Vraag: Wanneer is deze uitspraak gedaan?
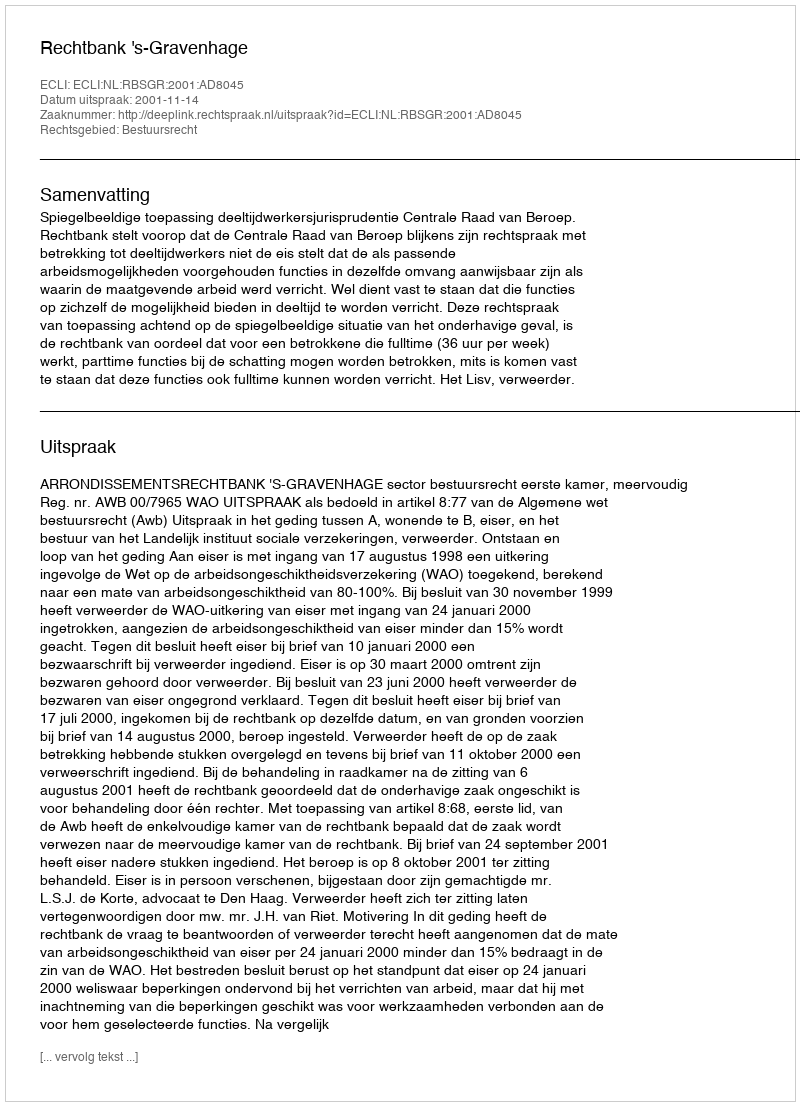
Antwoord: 2001-11-14